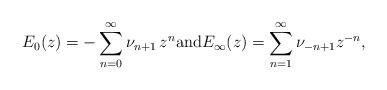
LaTeX: \begin{align*} E_{0}(z) = -\sum_{n=0}^{\infty}\nu_{n+1}\,z^{n} \mbox{and} E_{\infty}(z) = \sum_{n=1}^{\infty} \nu_{-n+1}z^{-n} ,\end{align*}